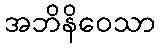
အဘိနိဝေသာ